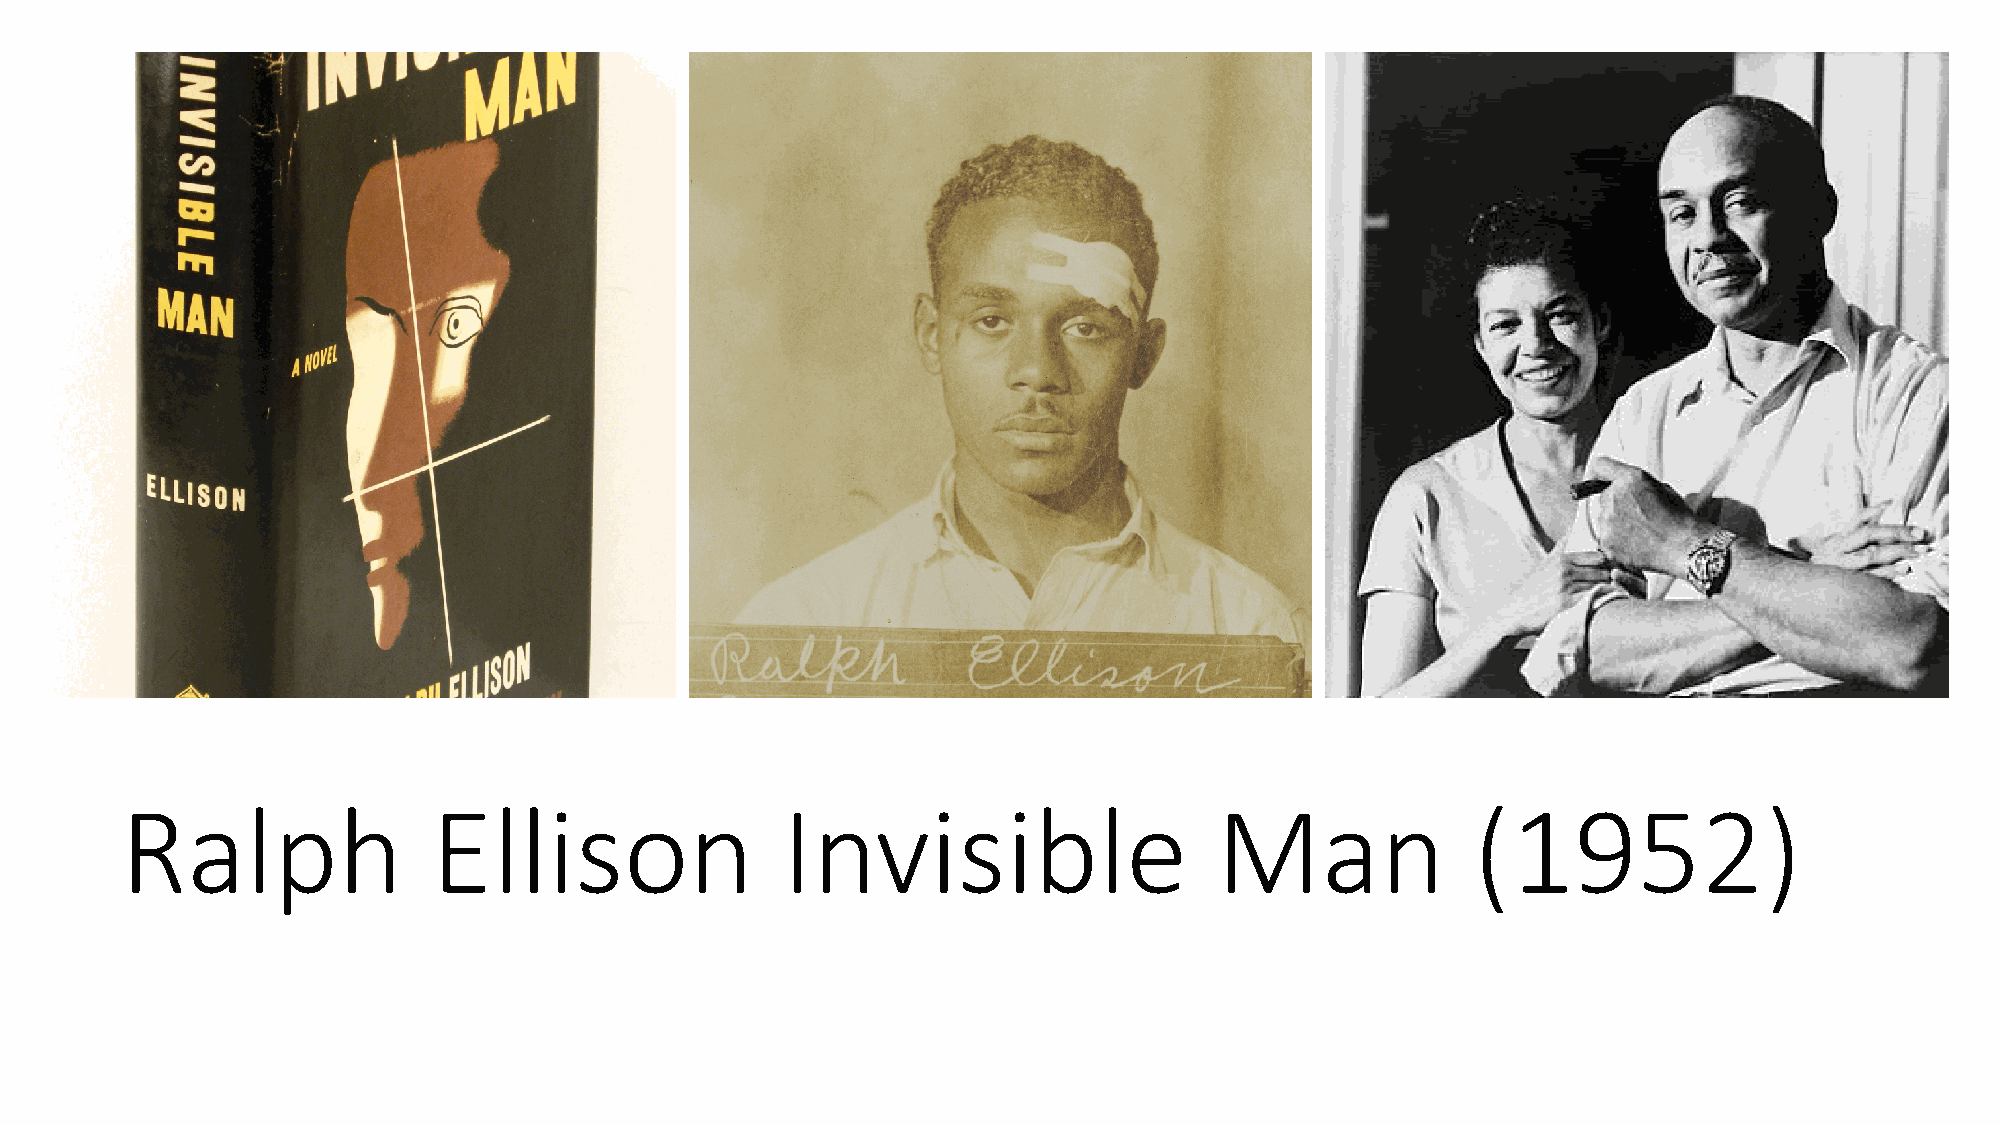
Ralph                Ellison                Invisible                   Man               (1952)